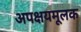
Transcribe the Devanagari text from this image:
अपक्षयमूलक